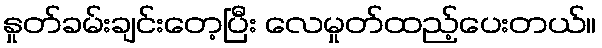
နှုတ်ခမ်းချင်းတေ့ပြီး လေမှုတ်ထည့်ပေးတယ်။